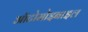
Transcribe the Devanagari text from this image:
ऑटोमोइबाइल